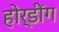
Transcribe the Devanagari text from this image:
होर्डींग